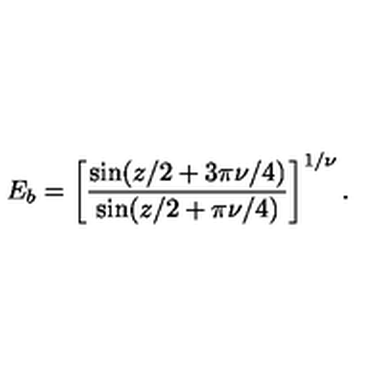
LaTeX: E _ { b } = \left[ \frac { \sin ( z / 2 + 3 \pi \nu / 4 ) } { \sin ( z / 2 + \pi \nu / 4 ) } \right] ^ { 1 / \nu } .